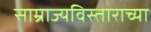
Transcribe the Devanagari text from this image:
साम्राज्यविस्ताराच्या